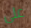
على